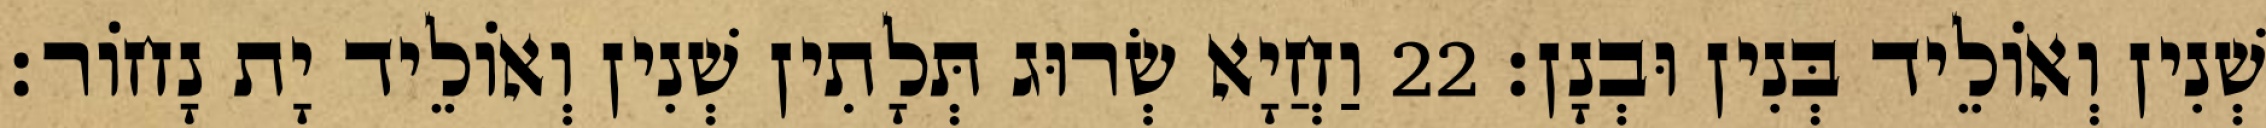
שְׁנִין וְאוֹלֵיד בְּנִין וּבְנָן׃ 22 וַחֲיָא שְׂרוּג תְּלָתִין שְׁנִין וְאוֹלֵיד יָת נָחוֹר׃